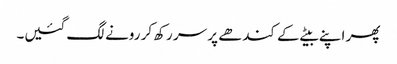
پھر اپنے بیٹے کے کندھے پر سر رکھ کر رونے لگ گئیں۔